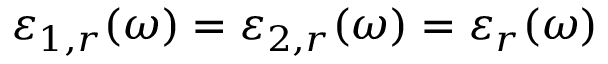
\varepsilon _ { 1 , r } ( \omega ) = \varepsilon _ { 2 , r } ( \omega ) = \varepsilon _ { r } ( \omega )